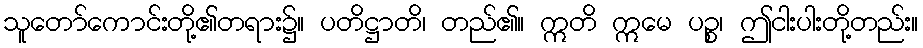
သူတော်ကောင်းတို့၏တရား၌။ ပတိဋ္ဌာတိ၊ တည်၏။ ဣတိ ဣမေ ပဉ္စ၊ ဤငါးပါးတို့တည်း။